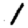
Digit: 1